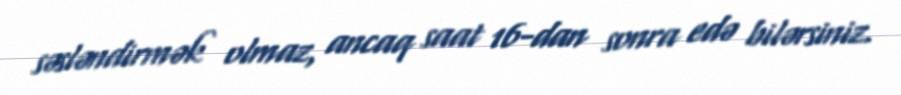
səsləndirmək olmaz, ancaq saat 16-dan sonra edə bilərsiniz.